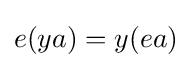
\displaystyle {e(ya)=y(ea)}